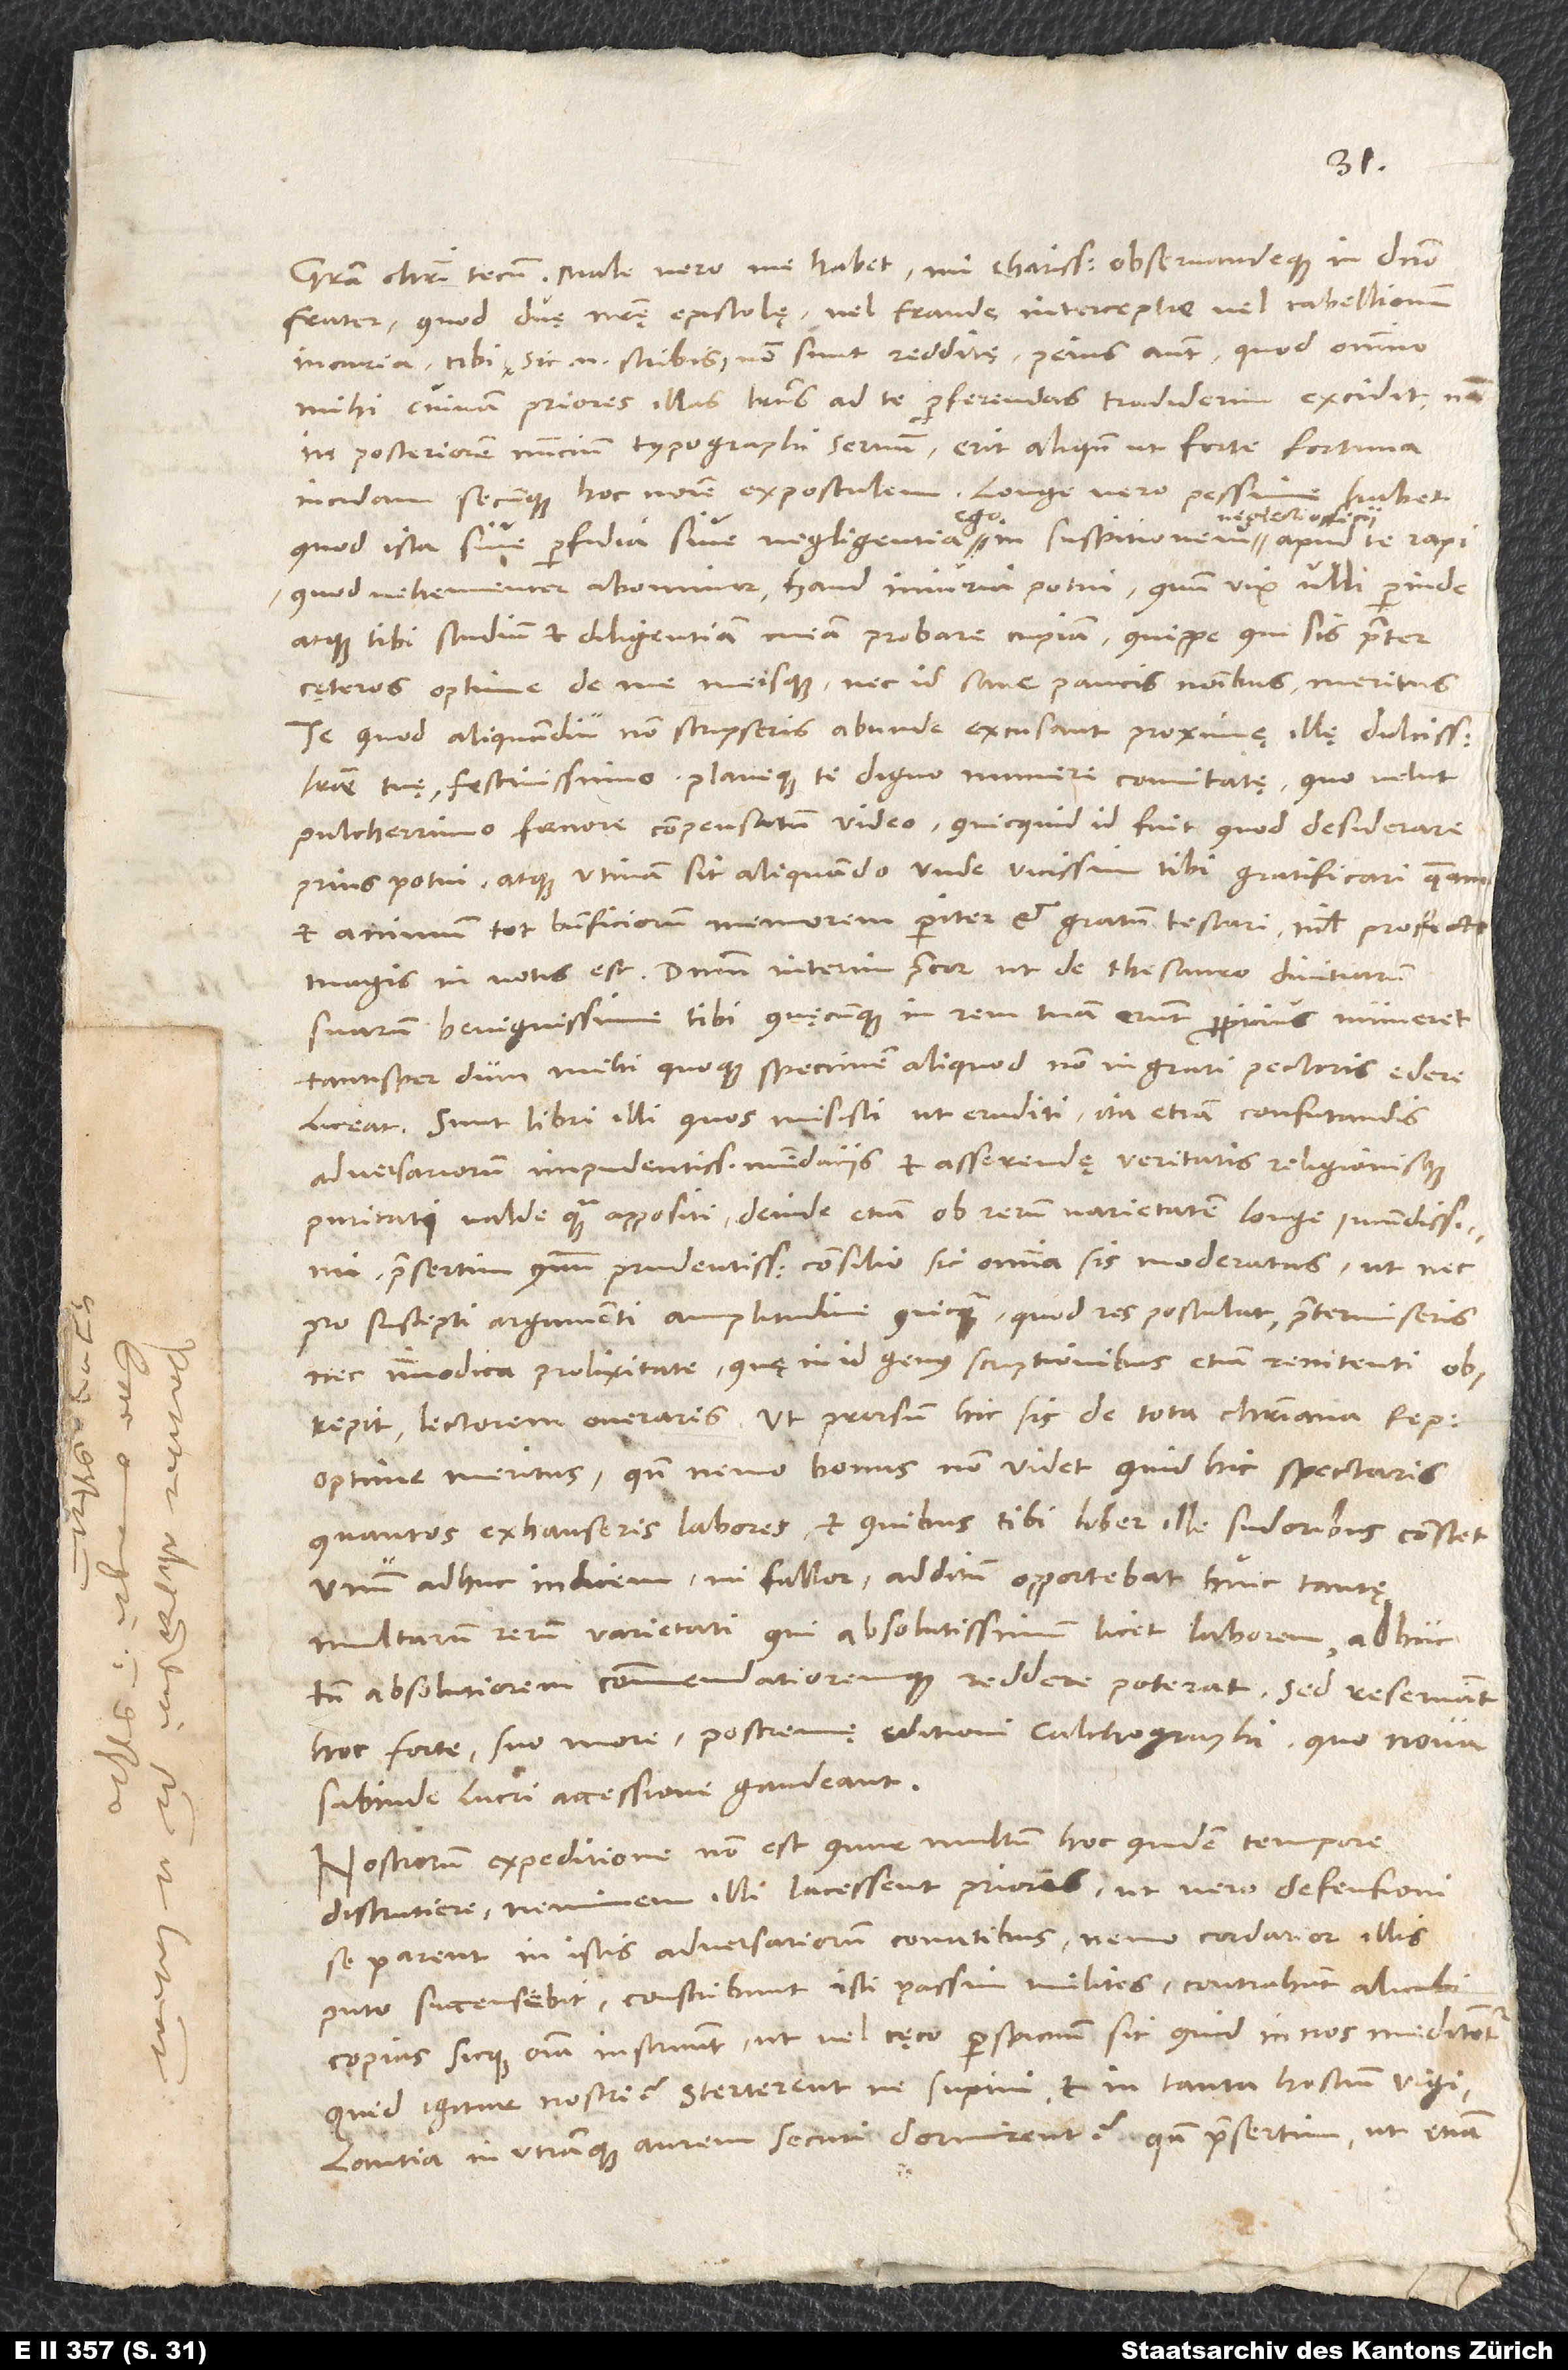
frater, quod duę nostrę epistolę vel fraude interceptae vel tabellionum
incuria tibi, sic enim scribis, non sunt redditę, peius autem, quod omnino
mihi, cuinam priores illas literas ad te perferendas tradiderim, excidit;
in posteriorem nuncium, typographi servum, erit aliquando, ut forte fortuna
incidam secumque hoc nomine expostulem. Longe vero pessime habet,
neglecti officii
quod ista sive perfidia sive negligentia ego in suspitionem
quod vehementer abominor, haud iniuria potui, quum vix ulli perinde
atque tibi studium et diligentiam meam probare cupiam, quippe qui sis praeter
cęteros optime de me meisque nec id sane paucis nominibus meritus.
Te, quod aliquamdiu non scripseris, abunde excusant proximę illę dulcissimae
literae tuę festivissimo planeque te digno munere comitatę, quo velut
pulcherrimo foenore compensatum video, quicquid id fuit, quod desiderare
prius potui, atque utinam sit aliquando, unde vicissim tibi gratificari queam
et animum tot beneficiorum memorem pariter et gratum testari; nihil profecto
magis in votis est. Dominum interim precor, ut de thesauro divitiarum
suarum benignissime tibi, quęcumque in rem tuam erunt, propitius numeret
tantisper, dum mihi quoque specimen aliquod non ingrati pectoris edere
Sunt libri illi, quos misisti, ut eruditi ita etiam confutandis
adversariorum impudentissimis mendaciis et asserendę veritatis religionisque
puritati valde quam appositi, deinde etiam ob rerum varietatem longe iucundissimi,
praesertim quum prudentissimo consilio sic omnia sis moderatus, ut nec
pro suscepti argumenti amplitudine quicquam, quod res postulat, praetermiseris
nec immodica prolixitate, quę in id genus scriptionibus etiam renitenti
obrepit, lectorem oneraris, ut prorsum hic sis de tota christiana republica
optime meritus, quando nemo bonus non videt, quid hic spectaris,
quantos exhauseris labores et quibus tibi liber ille sudoribus constet.
Unum adhuc, indicem, ni fallor, additum opportebat huic tantę
multarum rerum varietati, qui absolutissimum licet laborem adhuc
tamen absolutiorem commendatioremque reddere poterat; sed reservant
hoc forte suo more postremę ęditioni calchographi, quo nova
subinde lucri accessione gaudeant.
Nostrorum expeditione non est, quur multum hoc quidem tempore
discruciere. Neminem illi lacessent priores; ut vero defensioni
se parent in istis adversariorum conatibus, nemo cordatior illis,
puto, succensebit. Conscribunt isti passim milites, contrahunt alicubi
copias sicque omnia instruunt, ut vel cęco perspicuum sit, quid in nos meditentur.
Quid igitur nostri? Sterterentne supini et in tanta hostium vigilantia
in utramque aurem securi dormirent, quum praesertim, ut etiam